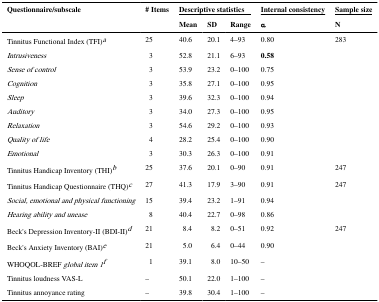
| Questionnaire/subscale | # Items | <COLSPAN=3> Descriptive statistics | Internal consistency | Sample size |
 |  |  | Mean | SD | Range | α | N |
 | --- | --- | --- | --- | --- | --- | --- |
 | Tinnitus Functional Index (TFI)a | 25 | 40.6 | 20.1 | 4–93 | 0.80 | 283 |
 | Intrusiveness | 3 | 52.8 | 21.1 | 6–93 | 0.58 |
 | Sense of control | 3 | 53.9 | 23.2 | 0–100 | 0.75 |  |
 | Cognition | 3 | 35.8 | 27.1 | 0–100 | 0.95 |  |
 | Sleep | 3 | 39.6 | 32.3 | 0–100 | 0.94 |  |
 | Auditory | 3 | 34.0 | 27.3 | 0–100 | 0.95 |  |
 | Relaxation | 3 | 54.6 | 29.2 | 0–100 | 0.93 |  |
 | Quality of life | 4 | 28.2 | 25.4 | 0–100 | 0.90 |  |
 | Emotional | 3 | 30.3 | 26.3 | 0–100 | 0.91 |  |
 | Tinnitus Handicap Inventory (THI)b | 25 | 37.6 | 20.1 | 0–90 | 0.91 | 247 |
 | Tinnitus Handicap Questionnaire (THQ)c | 27 | 41.3 | 17.9 | 3–90 | 0.91 | 247 |
 | Social, emotional and physical functioning | 15 | 39.4 | 23.2 | 1–91 | 0.94 |  |
 | Hearing ability and unease | 8 | 40.4 | 22.7 | 0–98 | 0.86 |  |
 | Beck's Depression Inventory-II (BDI-II)d | 21 | 8.4 | 8.2 | 0–51 | 0.92 | 247 |
 | Beck's Anxiety Inventory (BAI)e | 21 | 5.0 | 6.4 | 0–44 | 0.90 |  |
 | WHOQOL-BREF global item 1f | 1 | 39.1 | 8.0 | 10–50 | – |  |
 | Tinnitus loudness VAS-L | – | 50.1 | 22.0 | 1–100 | – |  |
 | Tinnitus annoyance rating | – | 39.8 | 30.4 | 1–100 | – |  |